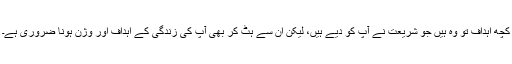
کچھ اہداف تو وہ ہیں جو شریعت نے آپ کو دیے ہیں، لیکن ان سے ہٹ کر بھی آپ کی زندگی کے اہداف اور وژن ہونا ضروری ہے۔